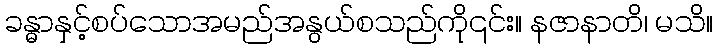
ခန္ဓာနှင့်စပ်သောအမည်အနွယ်စသည်ကို၎င်း။ နဇာနာတိ၊ မသိ။